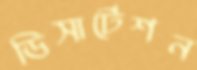
ডিসার্টেশন